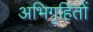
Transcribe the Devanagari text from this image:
अभिगृहितों